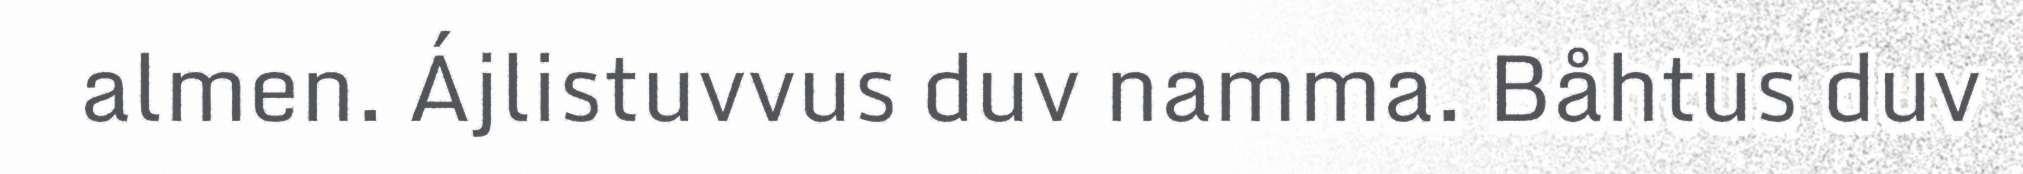
almen. Ájlistuvvus duv namma. Båhtus duv